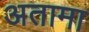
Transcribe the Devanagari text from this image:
अतामा